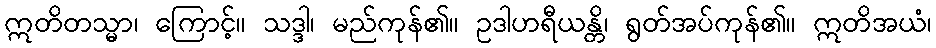
ဣတိတသ္မာ၊ ကြောင့်။ သဒ္ဒါ၊ မည်ကုန်၏။ ဥဒါဟရီယန္တိ၊ ရွတ်အပ်ကုန်၏။ ဣတိအယံ၊